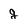
Character: g